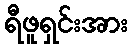
ရီဖူရှင်းအား